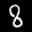
Label: 8